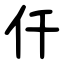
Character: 仠